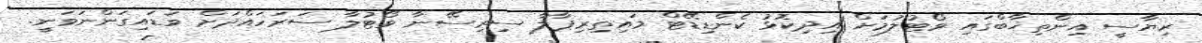
ރިޔާސީ އިންތިޚާބްގައި ވޯޓުލުމަށް އިދިކޮޅު ކެންޑިޑޭޓް މައިތިރިޕާލާ ސިރިސޭނާ ވޯޓުލާ ސަރަހައްދަށް ވަޑައިގަންނަވަނީ.